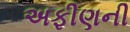
અફીણની